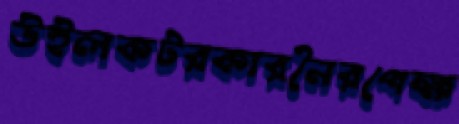
উইলকটরকারনৈরপেক্ষ